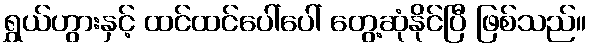
ရွှယ်ဟွားနှင့် ထင်ထင်ပေါ်ပေါ် တွေ့ဆုံနိုင်ပြီ ဖြစ်သည်။